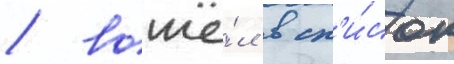
/ вошё́л в сп'и́сок